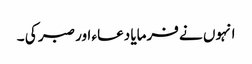
انہوں نے فرمایا دعاء اور صبر کی ۔